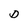
Character: D